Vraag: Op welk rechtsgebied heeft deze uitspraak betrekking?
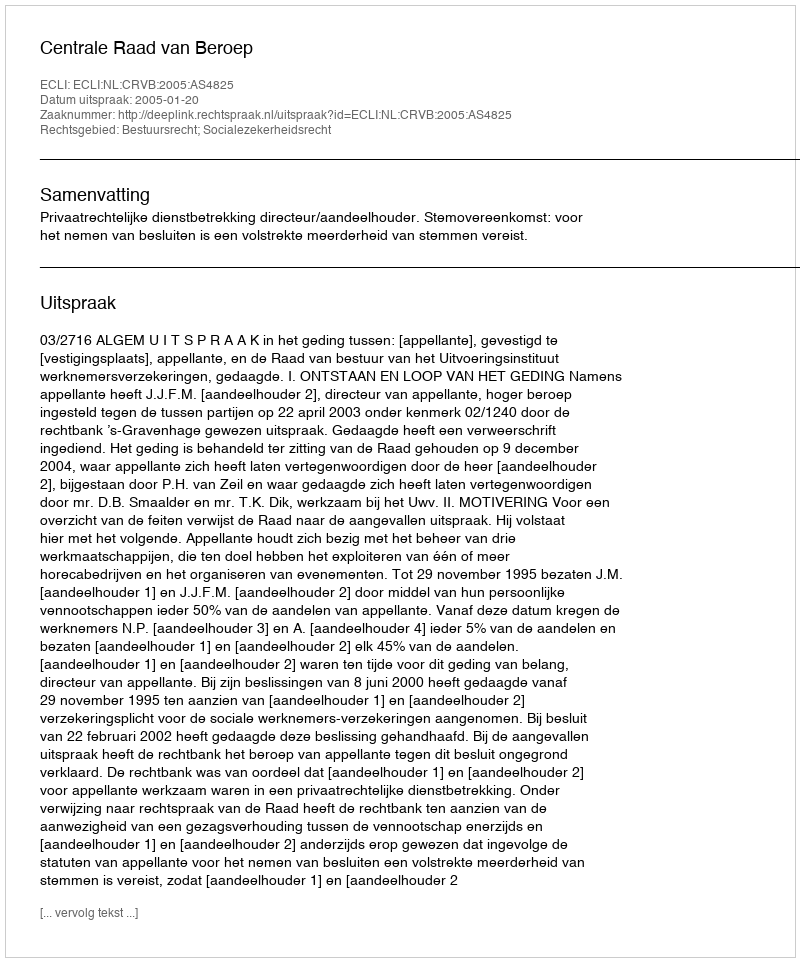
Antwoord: Bestuursrecht; Socialezekerheidsrecht